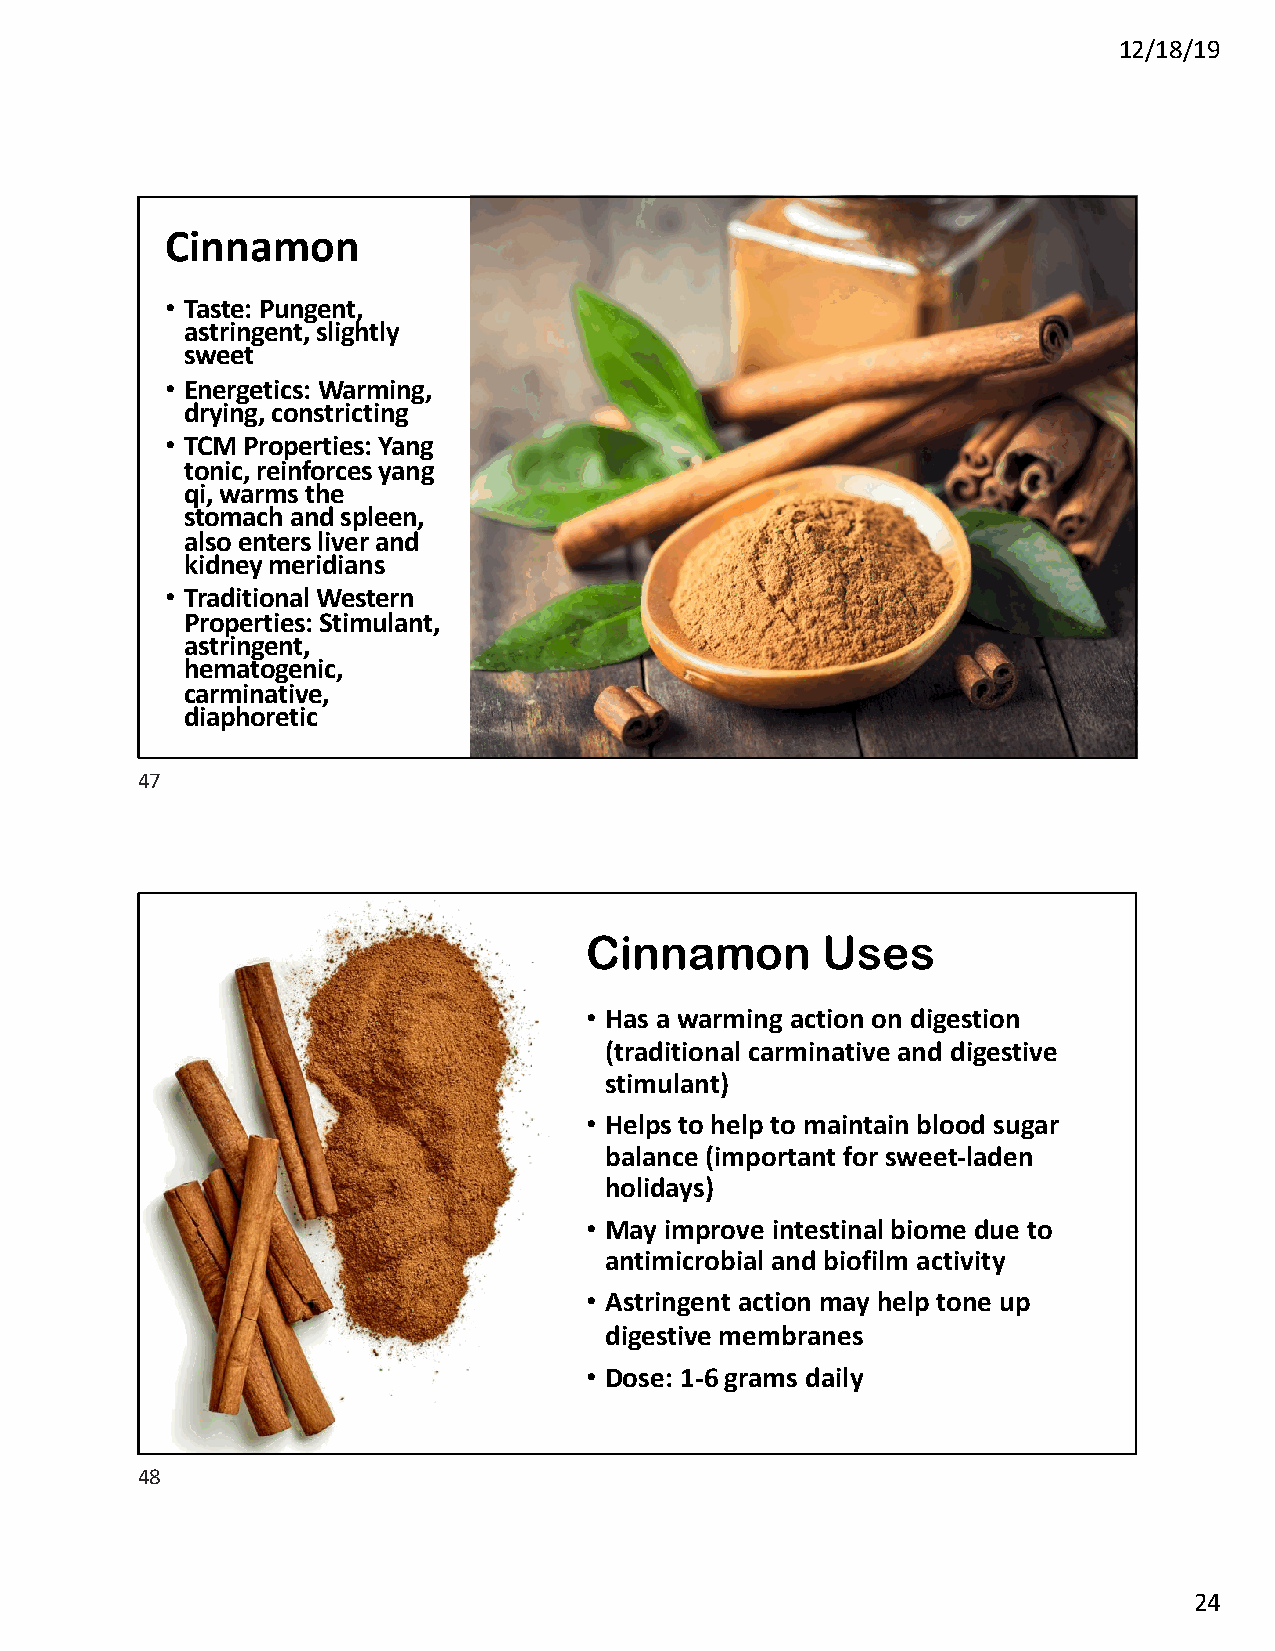
12/18/19
 Cinnamon
 • Taste: Pungent,
 astringent, slightly
 sweet
 • Energetics: Warming,
 drying, constricting
 • TCM Properties: Yang
 tonic, reinforces yang
 qi, warms the
 stomach and spleen,
 also enters liver and
 kidney meridians
 • Traditional Western
 Properties: Stimulant,
 astringent,
 hematogenic,
 carminative,
 diaphoretic
 47
 Cinnamon       Uses
 • Has a warming action on digestion
 (traditional carminative and digestive
 stimulant)
 • Helps to help to maintain blood sugar
 balance (important for sweet-laden
 holidays)
 • May improve intestinal biome due to
 antimicrobial and biofilm activity
 • Astringent action may help tone up
 digestive membranes
 • Dose: 1-6 grams daily
 48
 24